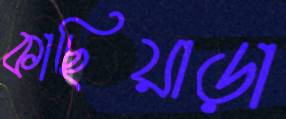
কাছিয়াড়া